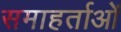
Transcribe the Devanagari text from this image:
समाहर्ताओं